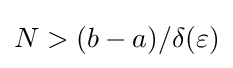
N>(b-a)/\delta (\varepsilon )